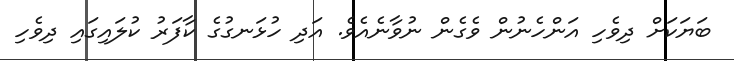
ބަޔަކަށް ދިވެހި އަންހެނުން ވެގެން ނުވާނެއެވެ. އަދި ހުޅަނގުގެ ކާފަރު ކުލައިގައި ދިވެހި